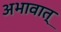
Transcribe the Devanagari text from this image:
अभावात्